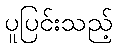
ပူပြင်းသည့်